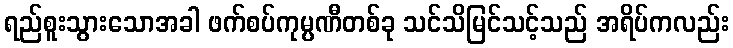
ရည်စူးသွားသောအခါ ဖက်စပ်ကုမ္ပဏီတစ်ခု သင်သိမြင်သင့်သည် အရိပ်ကလည်း